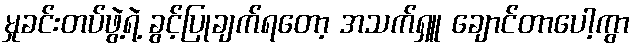
မှုခင်းတပ်ဖွဲ့ရဲ့ ခွင့်ပြုချက်ရတော့ အသက်ရှူ ချောင်တာပေါ့ကွာ